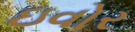
ઇવોર